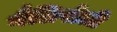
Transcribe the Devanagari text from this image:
गैलिपोली